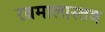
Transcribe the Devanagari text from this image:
रत्नमालास्तव